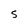
Character: S